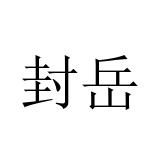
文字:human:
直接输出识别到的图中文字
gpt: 封岳